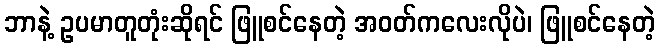
ဘာနဲ့ ဥပမာတူတုံးဆိုရင် ဖြူစင်နေတဲ့ အဝတ်ကလေးလိုပဲ၊ ဖြူစင်နေတဲ့